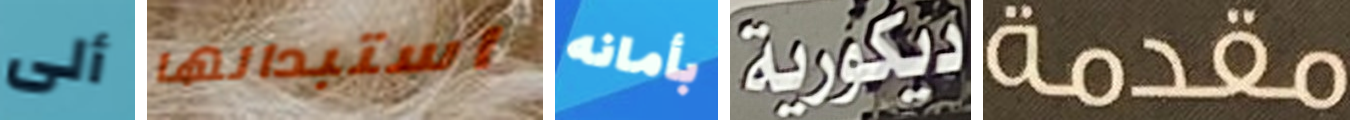
ألى استبدالها بأمانه ديكورية مقدمة